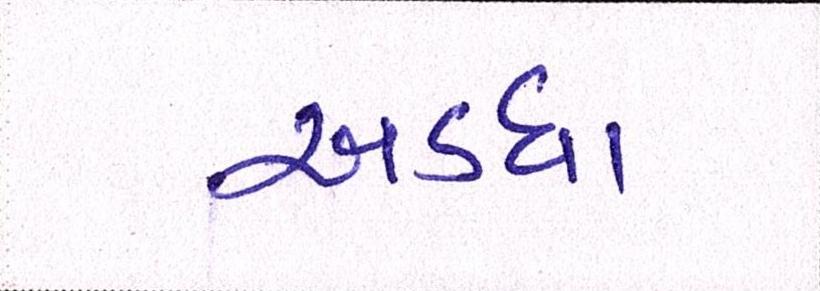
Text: અડધા